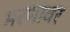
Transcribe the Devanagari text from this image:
मरणावर